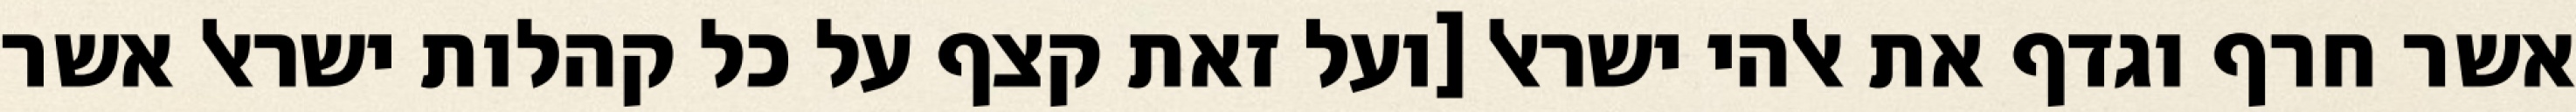
אשר חרף וגדף את אלהי ישראל [ועל זאת קצף על כל קהלות ישראל אשר